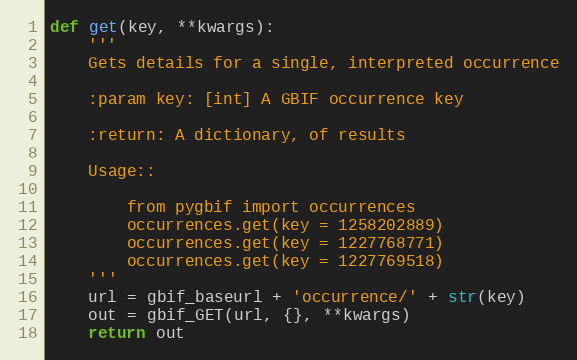
Language: Python
def get(key, **kwargs):
    '''
    Gets details for a single, interpreted occurrence

    :param key: [int] A GBIF occurrence key

    :return: A dictionary, of results

    Usage::

        from pygbif import occurrences
        occurrences.get(key = 1258202889)
        occurrences.get(key = 1227768771)
        occurrences.get(key = 1227769518)
    '''
    url = gbif_baseurl + 'occurrence/' + str(key)
    out = gbif_GET(url, {}, **kwargs)
    return out